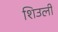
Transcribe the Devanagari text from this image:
शिउली